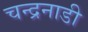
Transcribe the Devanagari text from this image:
चन्द्रनाडी